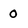
Character: 0